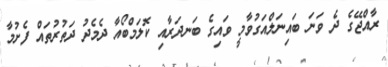
ރާއްޖޭގެ ދެ ވަނަ ބައިނަލްއަގުވާމީ ވައިގެ ބަނދަރާއި ކޮލަމްބޯއާ ދެމެދު ދަތުރުތައް ފެށުމާ